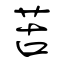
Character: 苦